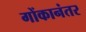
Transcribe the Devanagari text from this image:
गोंकानंतर